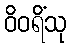
ဝိဝရိံသု